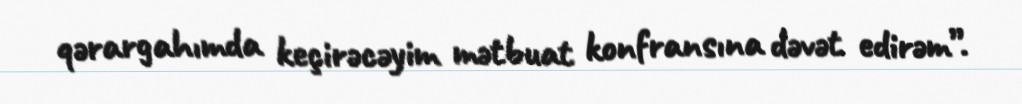
qərargahımda keçirəcəyim mətbuat konfransına dəvət edirəm”.